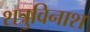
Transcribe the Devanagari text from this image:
शत्रुविनाश